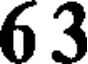
63